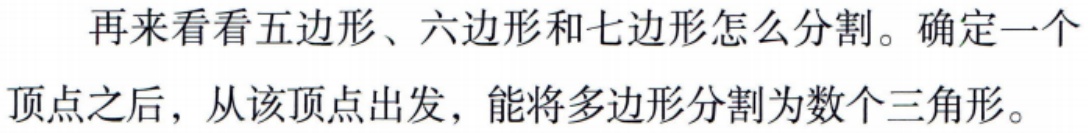
再来看看五边形、六边形和七边形怎么分割。确定一个顶点之后，从该顶点出发，能将多边形分割为数个三角形。